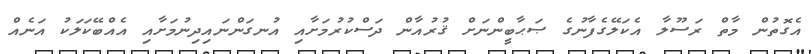
އެގޮތުން މާތް ރަސޫލާ އެކަލޭގެފާނުގެ ޞަޙާބީންނަށް ޤުރުއާން ދަސްކުރުމަށާއި އުނގަންނައިދިނުމަށާއި އެއްބޭކަލަކު އަނެއް